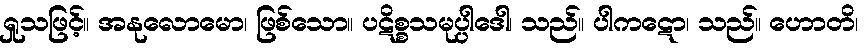
ရှုသဖြင့်။ အနုလောမော၊ ဖြစ်သော။ ပဋိစ္စသမုပ္ပါဒေါ၊ သည်။ ပါကဋော၊ သည်။ ဟောတိ၊